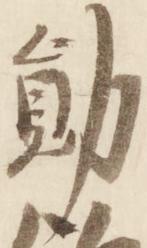
勲